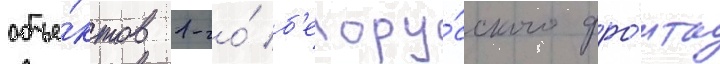
объе́ктов 1-го́ б'елору́сского фро́нта